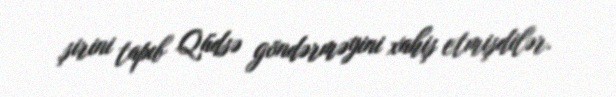
şirini tapıb Qüdsə göndərməyini xahiş etmişdilər.